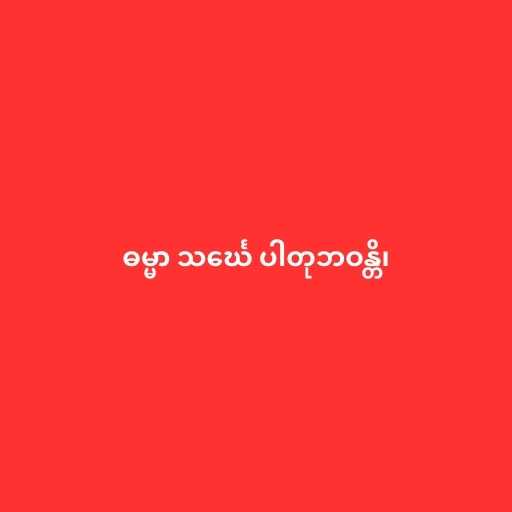
ဓမ္မာ သင်္ဃေ ပါတုဘဝန္တိ၊